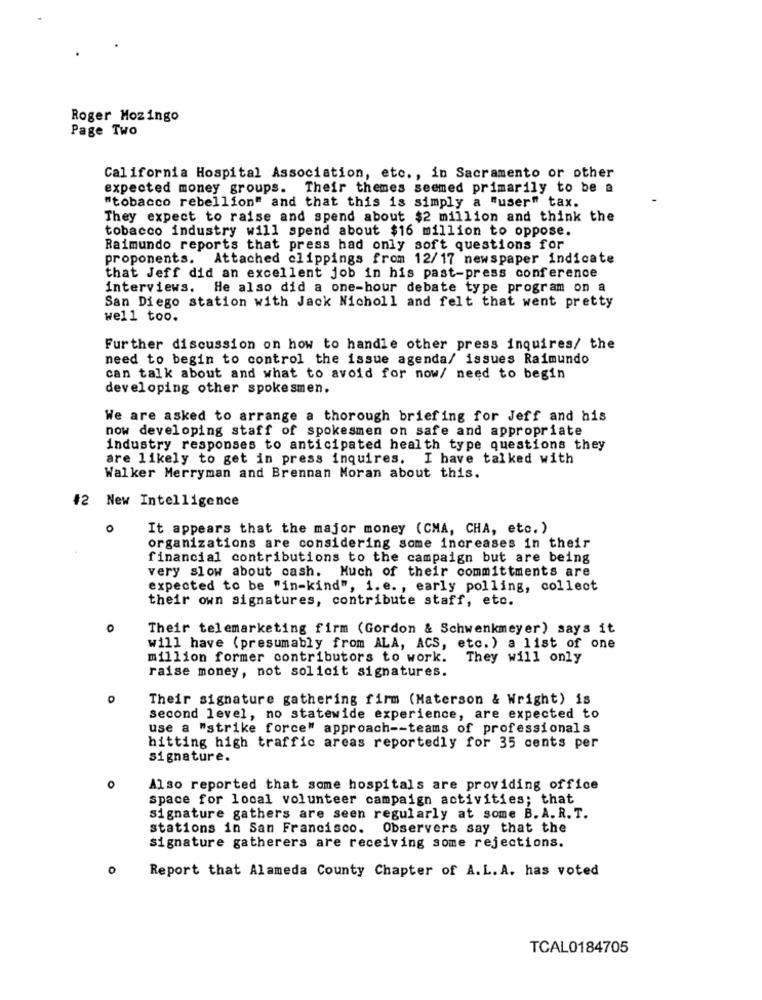
Roger Mozingo
Page Two
California Hospital Association, etc ., in Sacramento or other
expected money groups. Their themes seemed primarily to be a
"tobacco rebellion" and that this is simply a "user" tax.
They expect to raise and spend about $2 million and think the
tobacco industry will spend about $16 million to oppose.
Raimundo reports that press had only soft questions for
proponents. Attached clippings from 12/17 newspaper indicate
that Jeff did an excellent job in his past-press conference
interviews. He also did a one-hour debate type program on a
San Diego station with Jack Nicholl and felt that went pretty
well too.
Further discussion on how to handle other press inquires/ the
need to begin to control the issue agenda/ issues Raimundo
can talk about and what to avoid for now/ need to begin
developing other spokesmen.
We are asked to arrange a thorough briefing for Jeff and his
now developing staff of spokesmen on safe and appropriate
industry responses to anticipated health type questions they
are likely to get in press inquires.
I have talked with
Walker Merryman and Brennan Moran about this.
#2 New Intelligence
o
It appears that the major money (CMA, CHA, etc. )
organizations are considering some increases in their
financial contributions to the campaign but are being
very slow about cash. Much of their committments are
expected to be "in-kind", i.e ., early polling, collect
their own signatures, contribute staff, etc.
0
Their telemarketing firm (Gordon & Schwenkmeyer) says it
will have (presumably from ALA, ACS, etc.) a list of one
million former contributors to work.
They will only
raise money, not solicit signatures.
Their signature gathering firm (Materson & Wright) is
second level, no statewide experience, are expected to
use a "strike force" approach -- teams of professionals
hitting high traffic areas reportedly for 35 cents per
signature.
o
Also reported that some hospitals are providing office
space for local volunteer campaign activities; that
signature gathers are seen regularly at some B. A. R. T.
stations in San Francisco. Observers say that the
signature gatherers are receiving some rejections.
Report that Alameda County Chapter of A.L. A. has voted
TCAL0184705